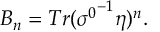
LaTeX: B _ { n } = T r ( { \sigma ^ { 0 } } ^ { - 1 } \eta ) ^ { n } .